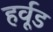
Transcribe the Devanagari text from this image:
हर्वूड